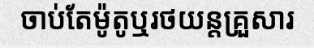
ចាប់តែម៉ូតូឬរថយន្តគ្រួសារ